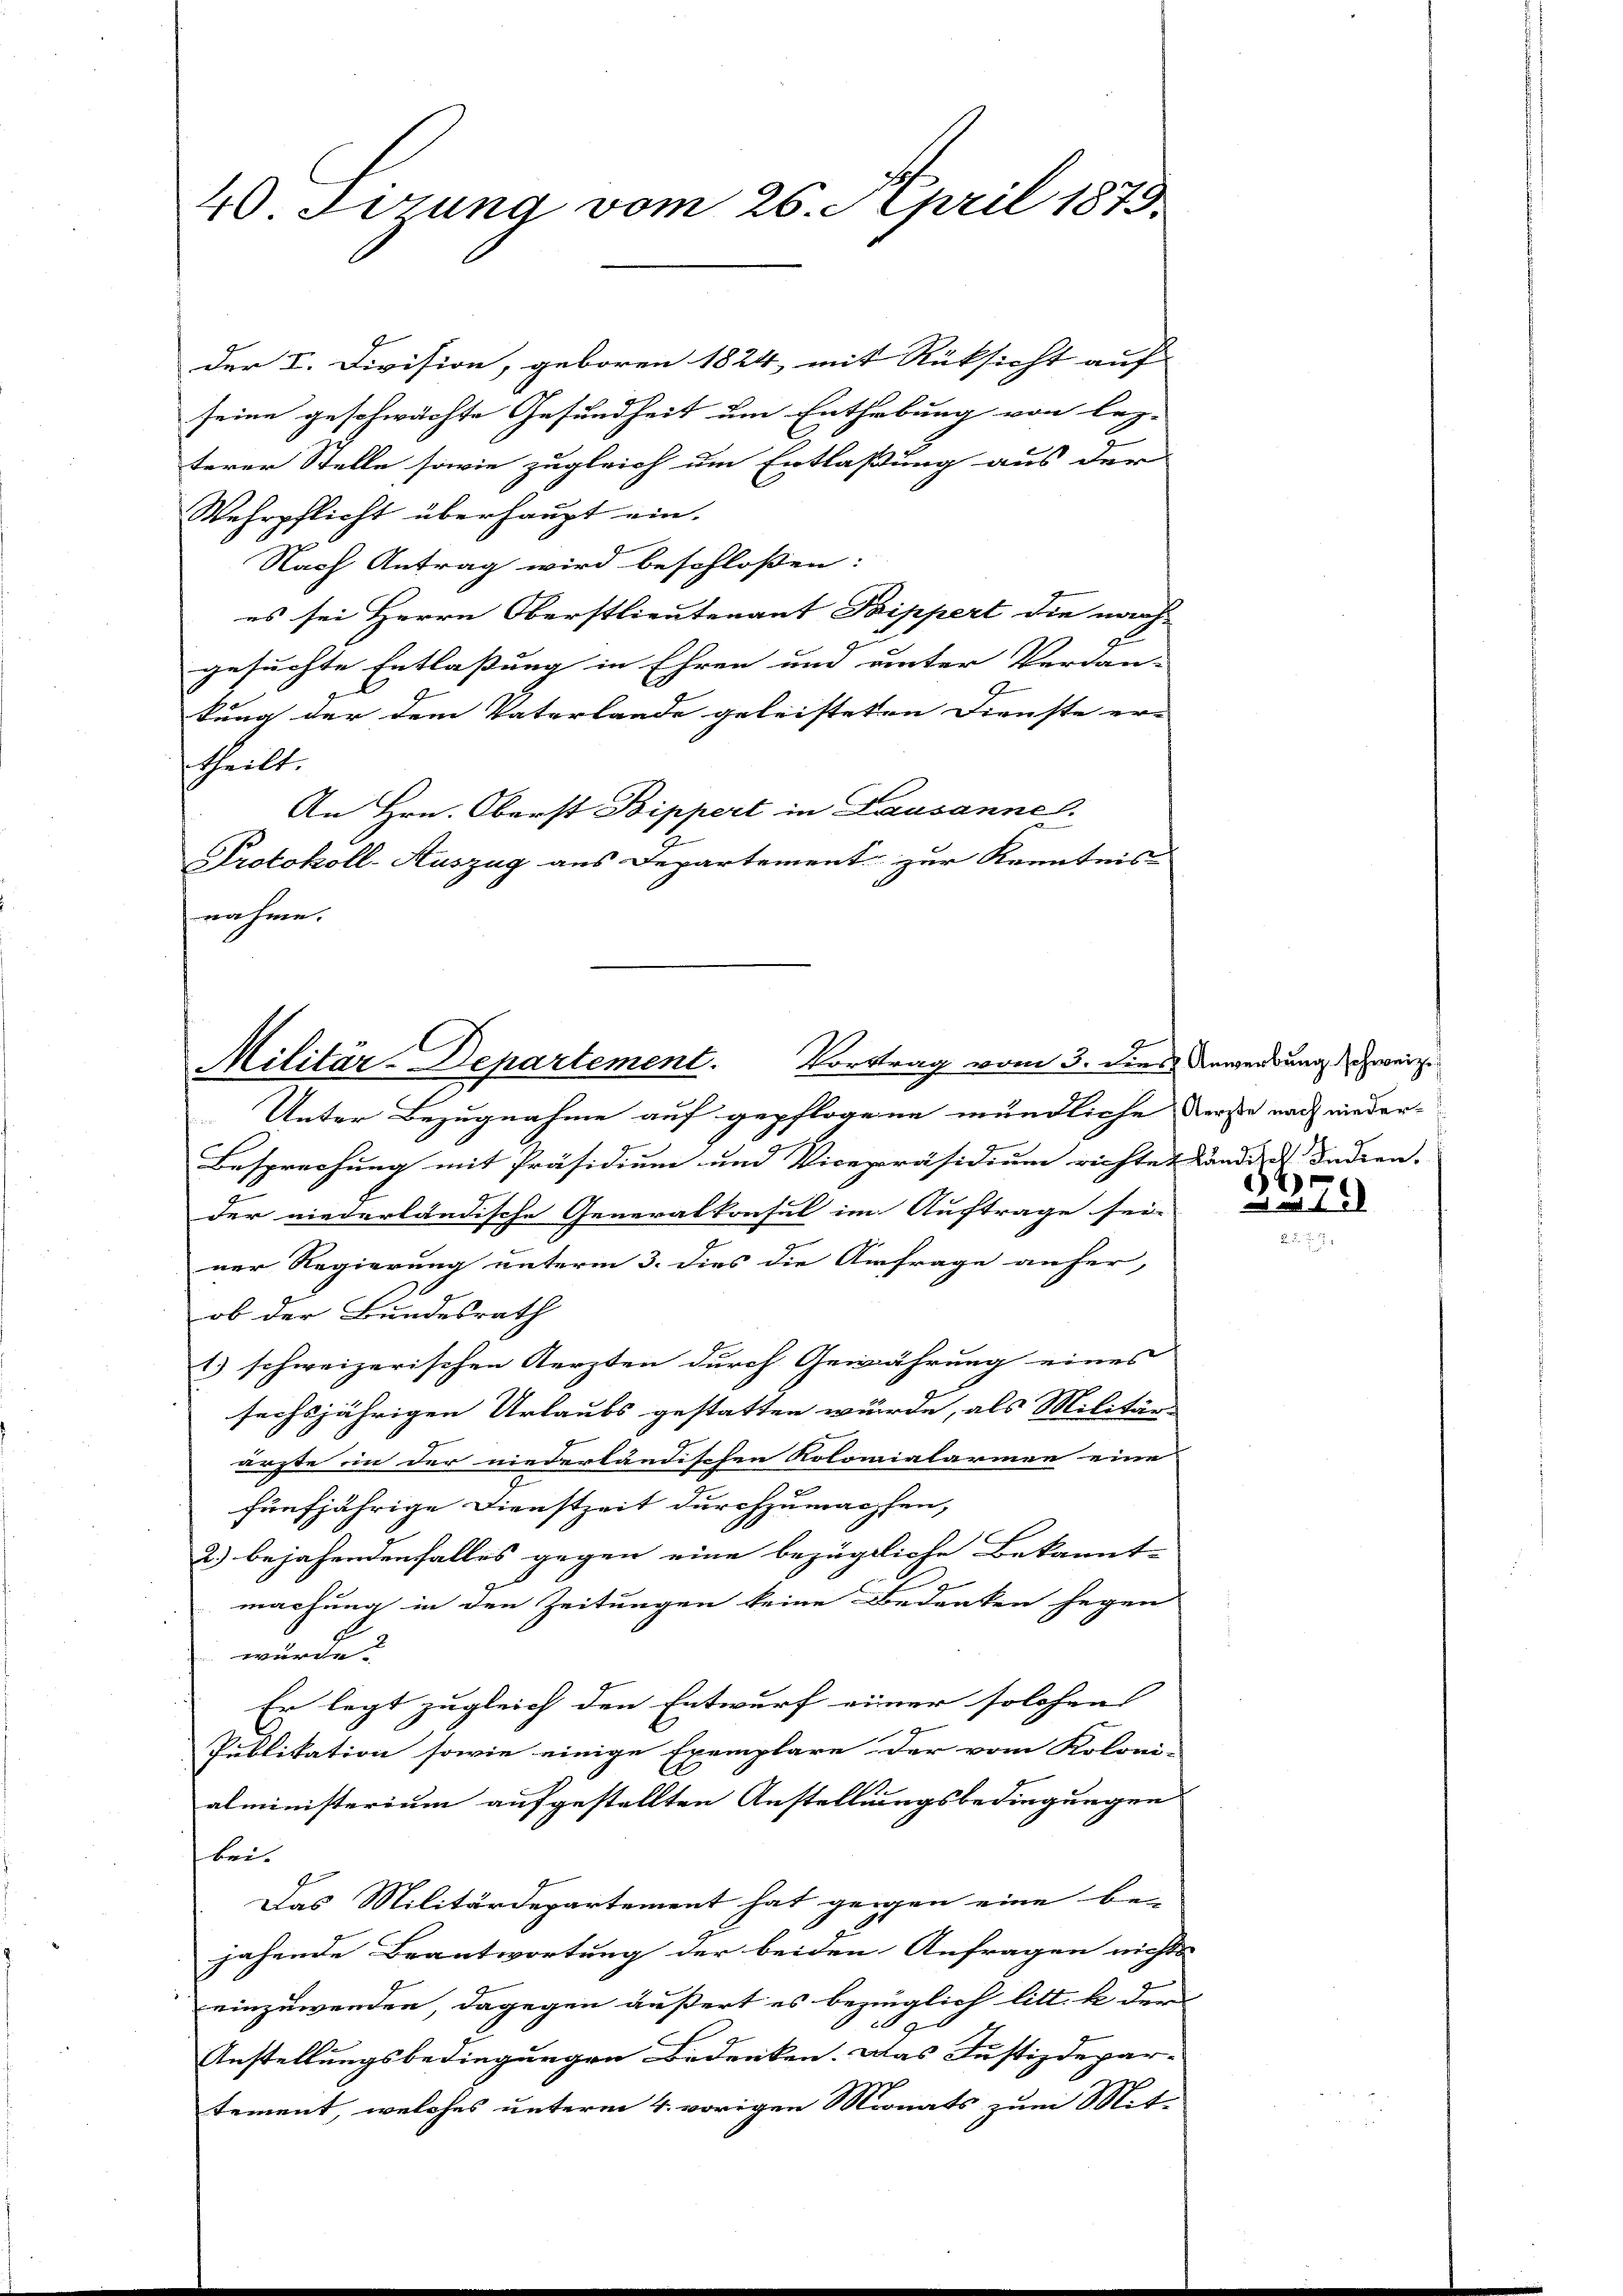
40. Ferung vom 26. April 1875.

der I. Division, geboren 1824, mit Rücksicht auf |
seine geschwächte Gesundheit um Enthebung von lez-
terer Stelle sowie zugleich um Entlaßung aus der
Wehrpflicht überhaupt ein.
Nach Antrag wird beschlossen:
es sei Herrn Oberstlieutenant Pippert die nach
gesuchte Entlaßung in Ehren und unter Verdan-
kung der dem Vaterlande geleisteten Dienste er- |
theilt.
An Hrn. Oberst Bippert in Lausanne.
Protokoll-Auszug aus Departement zur Kenntnis
nahme.

Militär-Departement. Vortrag vom 3. dies Anwendung zweige

Unter Bezugnahme auf gepflogene mündliche Verste nach nieder¬
Besprechung mit Präsidium und Vicepräsidium richtet und Decken. |
der niederländische Generalkonsul im Auftrage sei.
ner Regierung unterm 3. dies die Anfrage anfer,
ob der Bundesrath
( schweizerischen Aerzten durch Gewährung eines
sechsjährigen Urlaubs gestatten würde, als Militärs
ärzte ein der niederländischen Kolonialarinen eine
2
fünfjährige Dienstzeit durchzumachten,
2) bejahendenfalles gegen eine bezügliche Bekannt-
1
machung in den Zeitungen keine Bedenken gegen
u
Er legt zugleich den Entwurf einer solchen
Publikation sowie einige Exemplare der vom Koloni
alministerium aufgestellten Anstellungsbedingungen
bei.
u
Das Militärdepartement hat gegen eine be-
jahende Beantwortung der beiden Anfragen nichts
einzuwenden, dagegen äußert es bezüglich litt. b der
f
Anstellungsbedingungen Bedenken. Das Justizdepar-
tement, welches unterm 4. vorigen Monats zum Mit-

4
 1